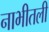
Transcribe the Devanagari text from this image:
नाभीतली